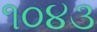
૧૦૪૩